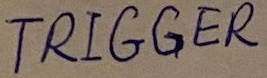
Text: TRIGGER